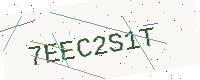
Text: 7EEC2S1T